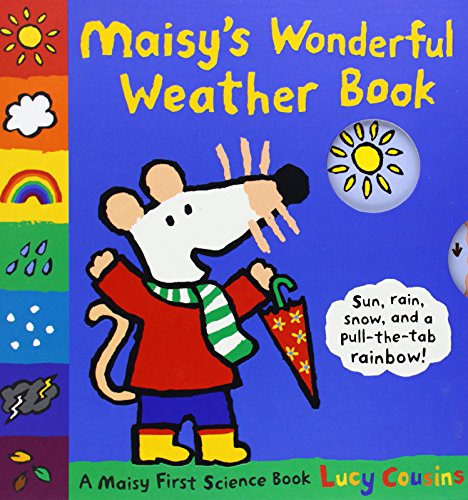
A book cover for Maisy's Wonderful Weather Book; Lucy Cousins; Science & Math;